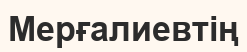
Мерғалиевтің